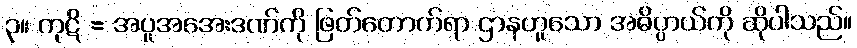
၃။ ကုဋိ = အပူအအေးဒဏ်ကို ဖြတ်တောက်ရာ ဌာနဟူသော အဓိပ္ပာယ်ကို ဆိုပါသည်။